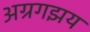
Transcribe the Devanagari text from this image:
अग्रगझय